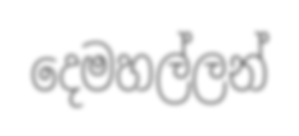
දෙමහල්ලන්